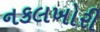
નકલખોરી